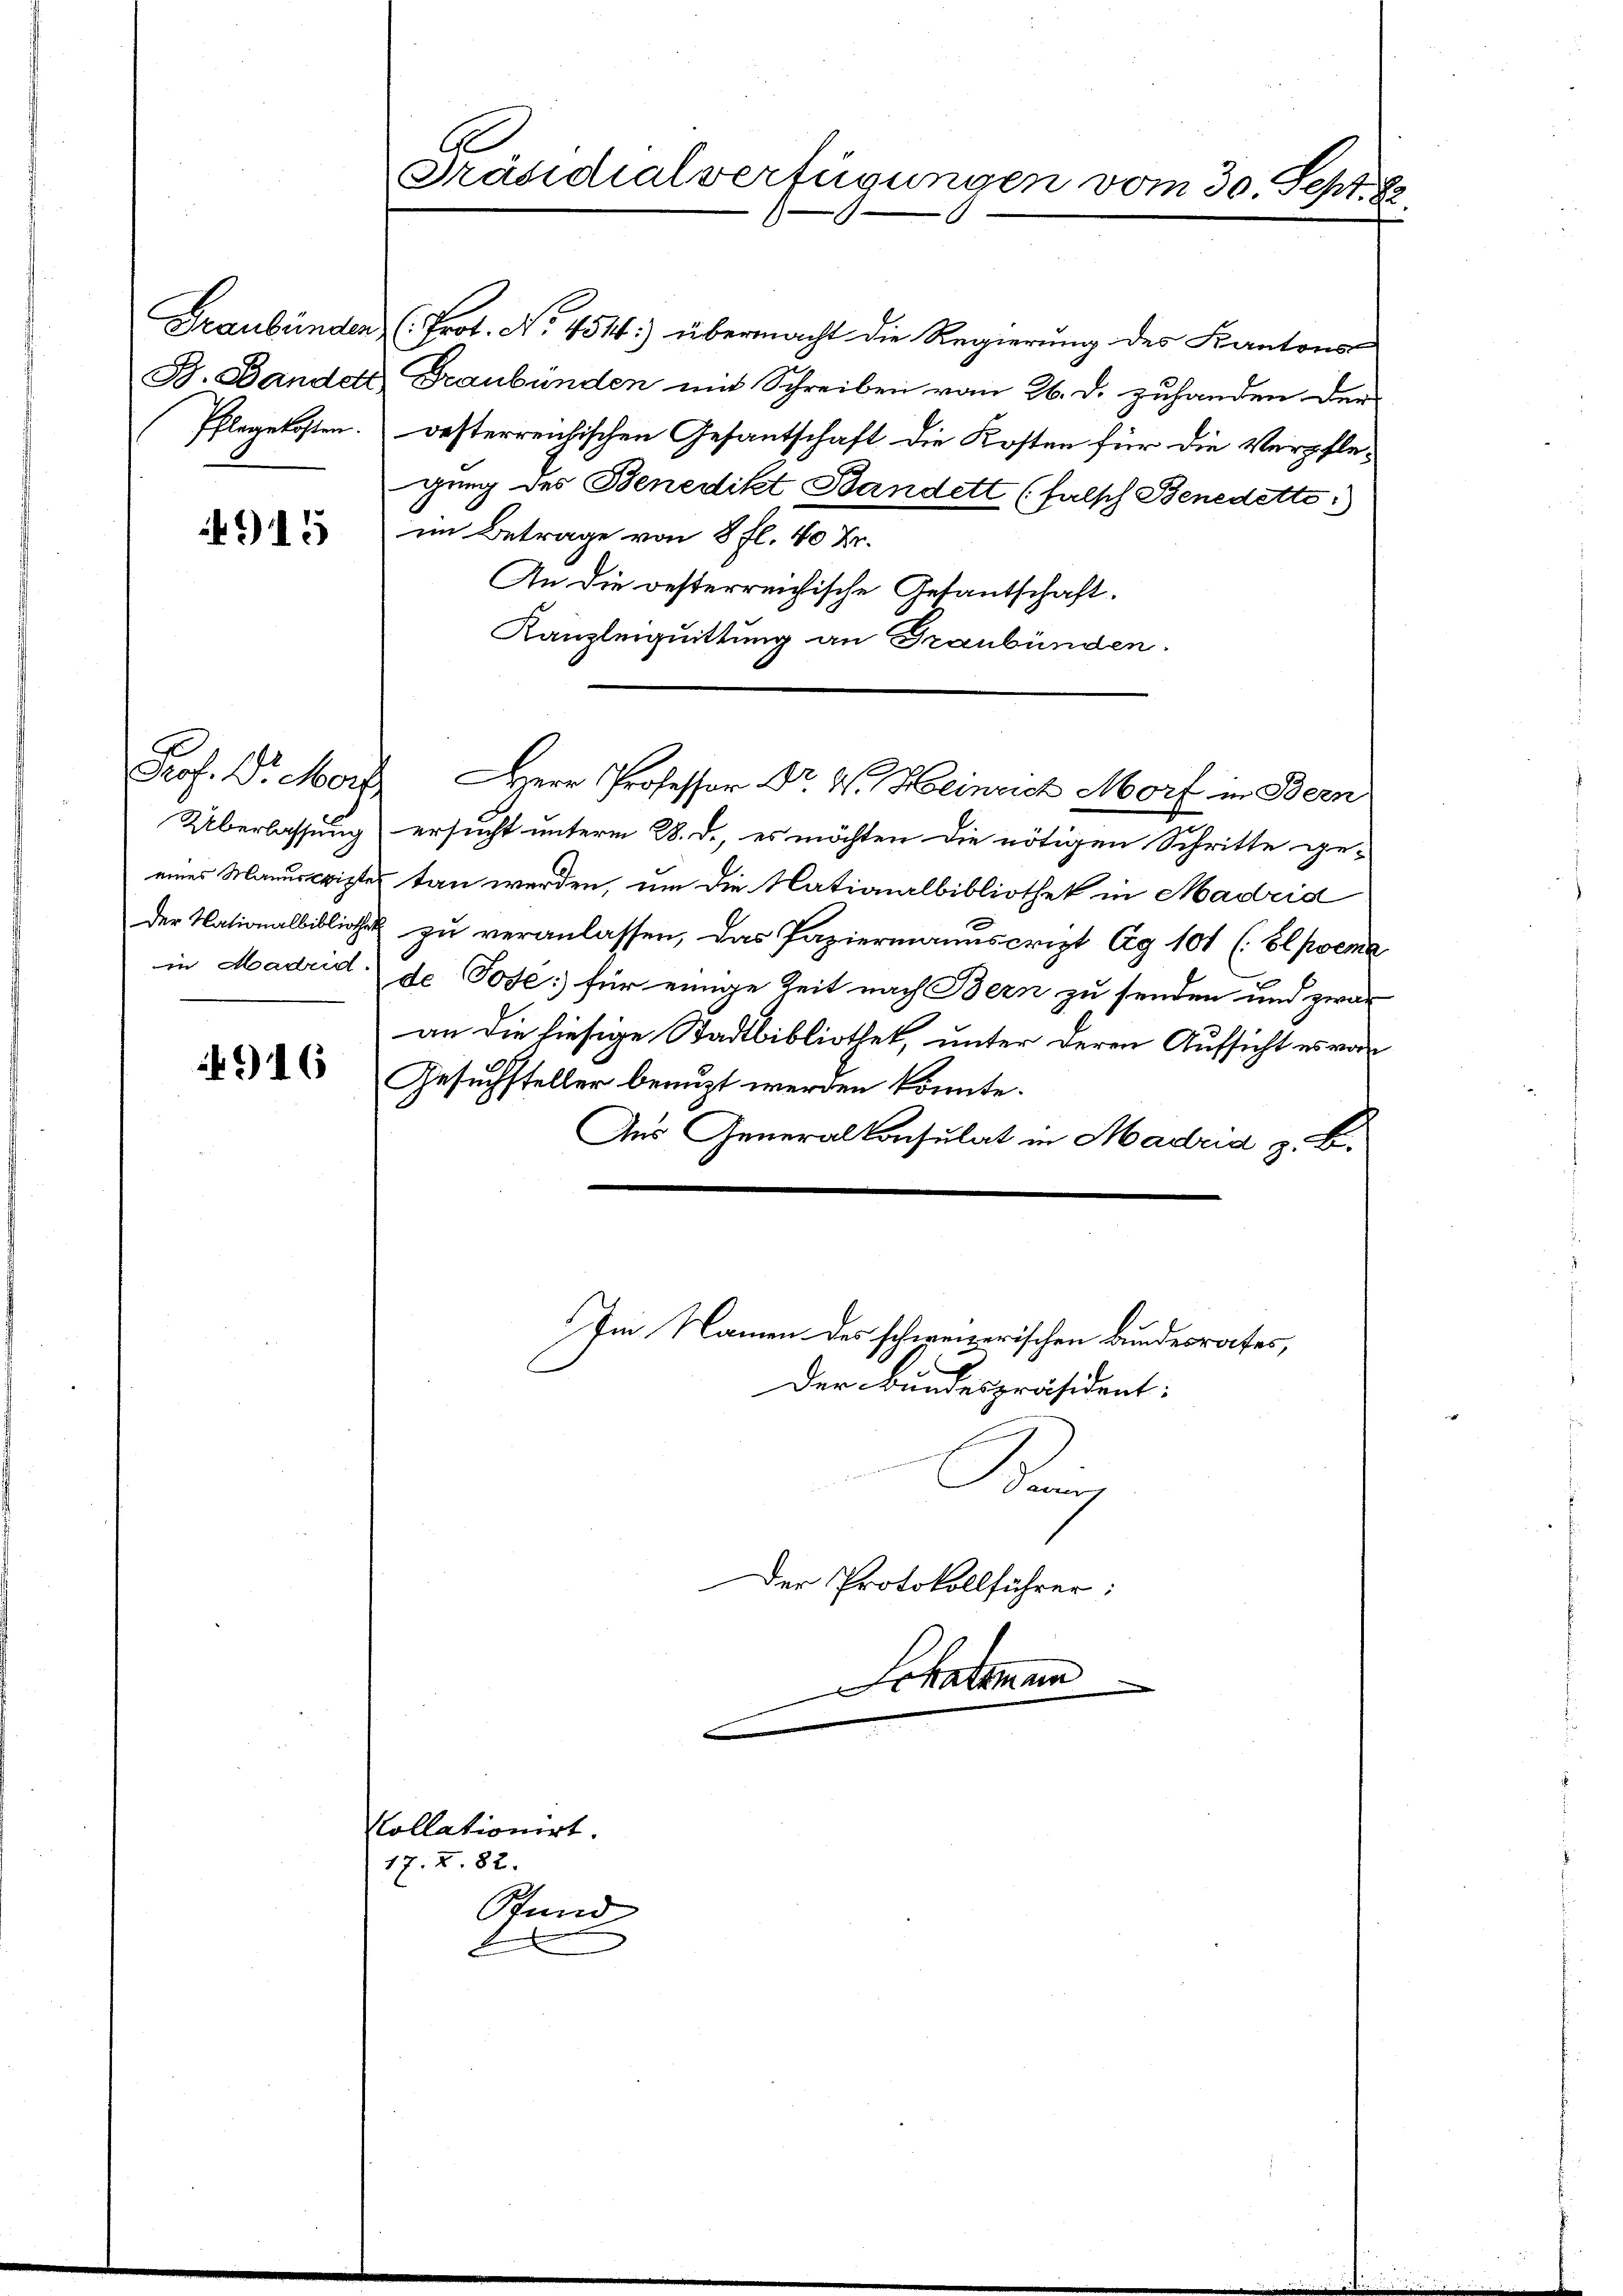
Graubünden,
B. Bandelt
Pflegekosten.

6915

Prof. Dr. Morg

916

Ge
Präsidialverfügungen vom 30. Sept. 8

(Prot. No. 454:) übermacht die Regierung des Kantons-
Graubünden mit Schreiben vom 26. d. zuhanden der
desterreichischen Gesantschaft die Kosten für die Verpflegung des Benedikt Bandett (falsch Benedette
im Betrage von 8 fl. 40 Fr.
An die oesterreichische Gesantschaft.
Kanzleiquittung an Graubünden.
Herr Professor Dr. W. Heinrich Morf in Bern
Überlassung ersucht unterm 28. d., es möchten die nötigen Schritte ge-
eines Manuscriptes tan werden, um die Nationalbibliothek in Madrid
Der Nationalbibliothek zu veranlassen, das Papiermanuscript Ag 101 (Elpoema
in Madrid de Jose: für einige Zeit nach Bern zu senden und zwar
an die hiesige Stadtbibliothek, unter deren Aufsicht es vor
Gesuchsteller benuzt werden könnte.
Aus Generalkonsulat in Madrid z. B.

Kollationirt.
17. Z. 82.
Stund

Der Protokollführer:
Schatzman

Im Namen des schweizerischen Bundesrates,
E
Der Bundespräsident:
B